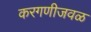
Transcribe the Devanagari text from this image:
करगणीजवळ